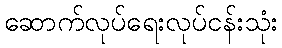
ဆောက်လုပ်ရေးလုပ်ငန်းသုံး